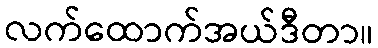
လက်ထောက်အယ်ဒီတာ။